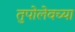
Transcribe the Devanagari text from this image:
तुपोलेवच्या